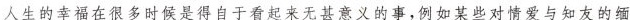
人生的幸福在很多时候是得自于看起来无甚意义的事，例如某些对情爱与知友的缅